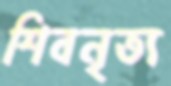
শিবনৃত্য